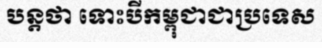
បន្តថា ទោះបីកម្ពុជាជាប្រទេស